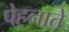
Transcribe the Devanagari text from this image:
पेहनाते